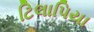
ટિલાપિયા